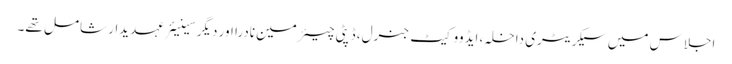
اجلاس میں سیکریٹری داخلہ، ایڈووکیٹ جنرل، ڈپٹی چیئرمین نادرا اور دیگر سینیئرعہدیدار شامل تھے۔